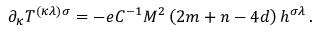
\partial _ { \kappa } T ^ { ( \kappa \lambda ) \sigma } = - e C ^ { - 1 } M ^ { 2 } \left( 2 m + n - 4 d \right) h ^ { \sigma \lambda } \, .